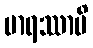
မာရဿာပိ